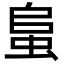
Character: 蛗